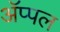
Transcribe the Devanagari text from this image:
अॅप्पल